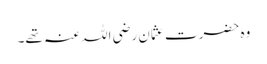
وہ حضرت عثمان رضی اللہ عنہ تھے۔